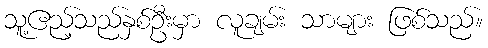
သူ့ဧည့်သည်နှစ်ဦးမှာ လူချမ်း သာများ ဖြစ်သည်။